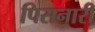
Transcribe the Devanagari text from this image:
पिसनारी